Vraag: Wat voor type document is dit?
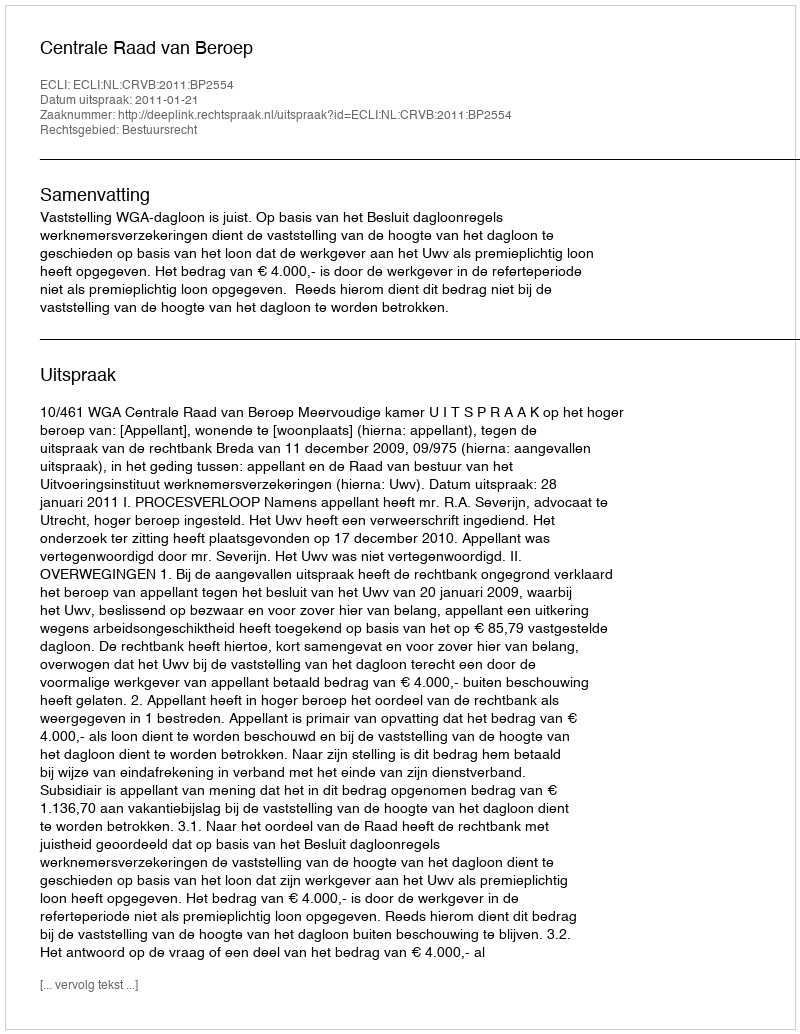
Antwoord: Uitspraak